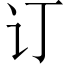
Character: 订